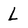
Character: L